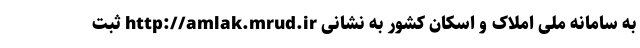
به سامانه ملی املاک و اسکان کشور به نشانی http://amlak.mrud.ir ثبت